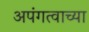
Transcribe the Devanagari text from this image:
अपंगत्वाच्या